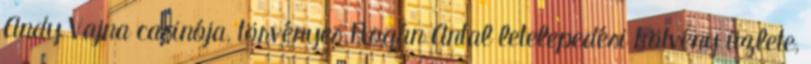
Andy Vajna casinója, törvényes Rogán Antal letelepedési kötvény üzlete,